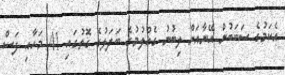
އެކަމުގެ ސަބަބުން އޭނާއަށް ލިބުނު ގެއްލުމުގެ ބަދަލުގެ ގޮތުގައި 41 މަހާއި ފަސް